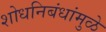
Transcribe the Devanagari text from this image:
शोधनिबंधांमुळे